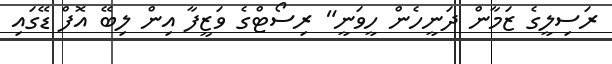
ރަސިލީގެ ޒަމާން ދަނީހެން ހީވަނީ" ރިސޯޓްގެ ވަޒީފާ އިން ލިބޭ އޮފް ޑޭގައި